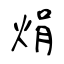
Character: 焆